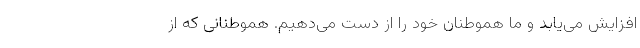
افزایش می‌یابد و ما هموطنان خود را از دست می‌دهیم. هموطنانی که از